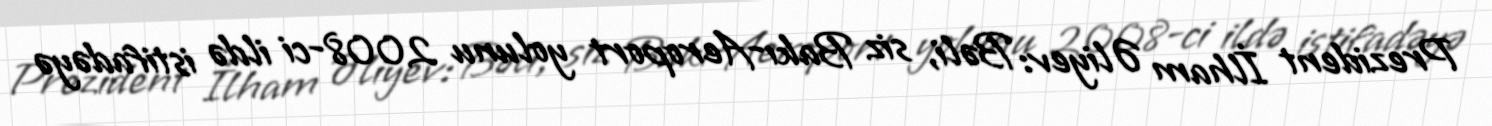
Prezident İlham Əliyev: Bəli, siz Bakı-Aeroport yolunu 2008-ci ildə istifadəyə